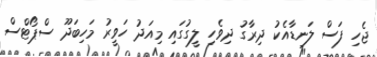
ޖެހި ފަސް ލަނޑާއެކު ދިރާގު ދިވެހި ލީގުގައި މިއަދު ހަވީރު މަހިބަދޫ ސްޕޯޓްސް